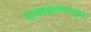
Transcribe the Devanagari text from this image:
पायाळूपणामुळे